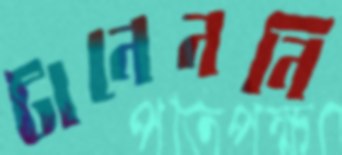
টানেননি